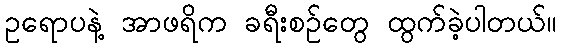
ဥရောပနဲ့ အာဖရိက ခရီးစဉ်တွေ ထွက်ခဲ့ပါတယ်။